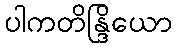
ပါကတိန္ဒြိယော